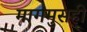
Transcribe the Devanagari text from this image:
मागमुसही